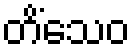
တိံသေဝ